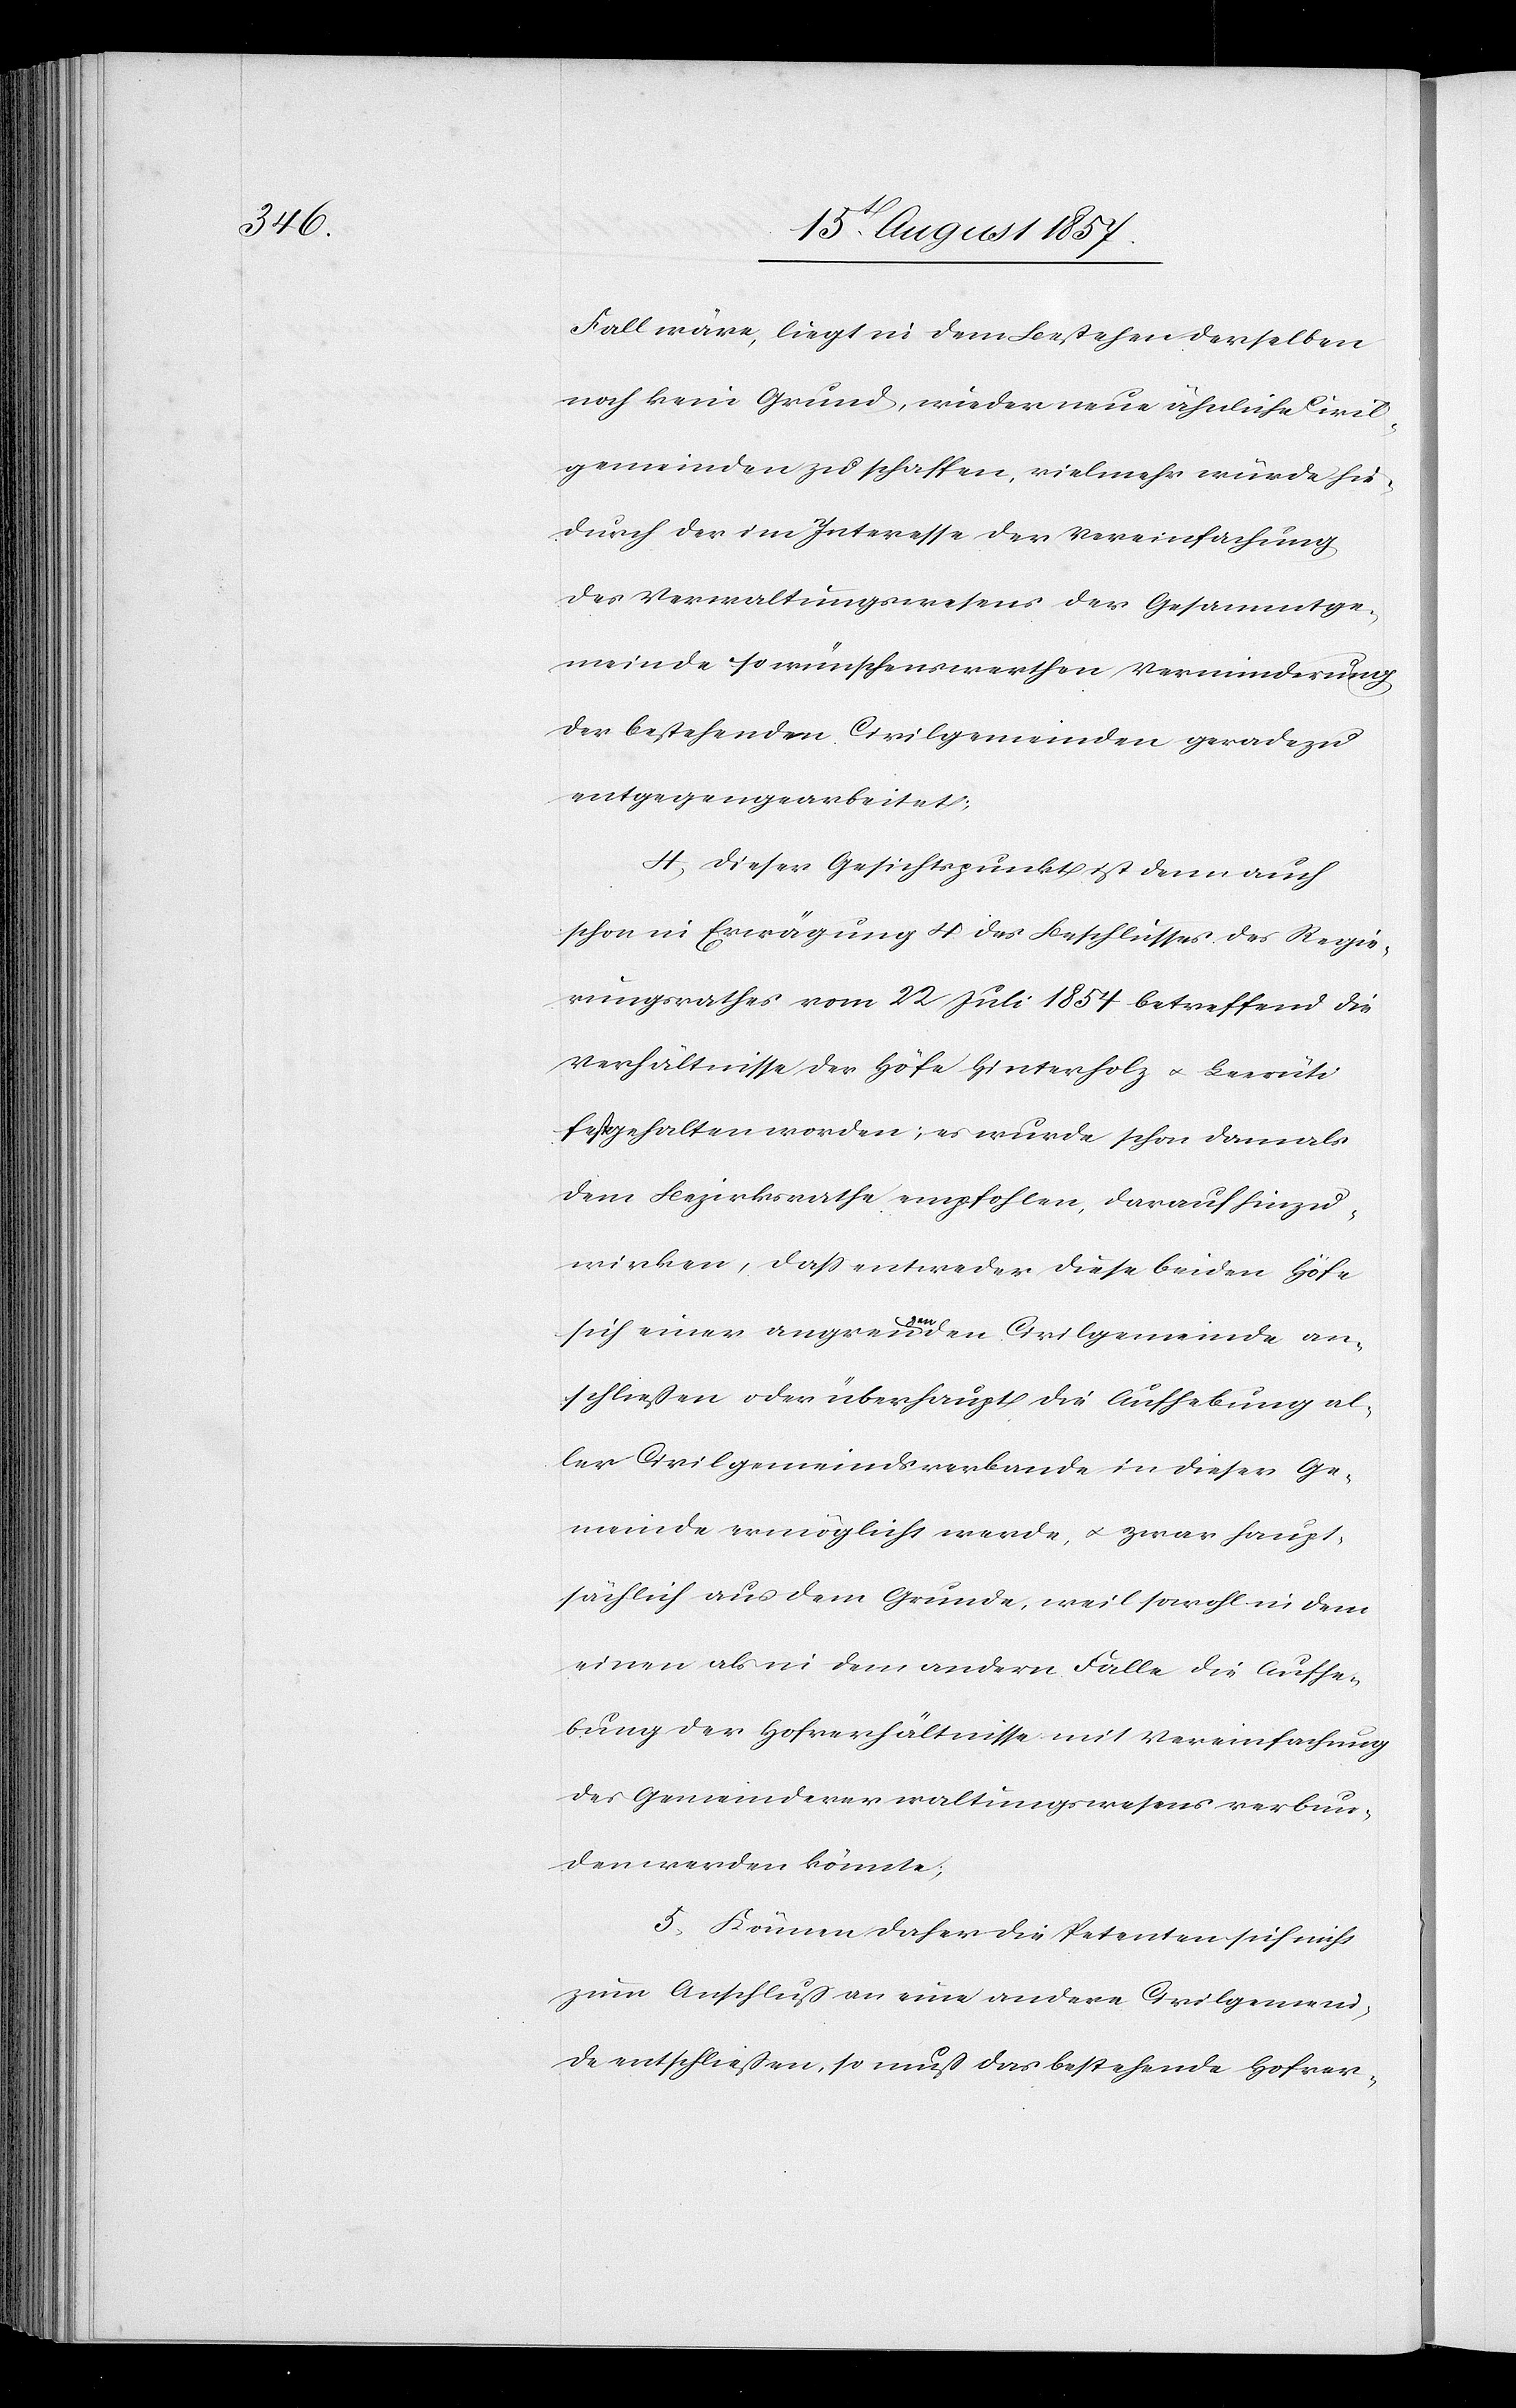
Fall wäre, liegt in dem Bestehen derselben
noch kein Grund, wieder neue ähnliche Civil¬
gemeinden zu schaffen, vielmehr würde hie¬
durch der im Interesse der Vereinfachung
des Verwaltungswesens der Gesammtge¬
meinde so wünschenswerthen Verminderung
der bestehenden Civilgemeinden geradezu
entgegengearbeitet.
4, Dieser Gesichtspunkt ist denn auch
schon in Erwägung 4. des Beschlusses des Regie¬
rungsrathes vom 22 Juli 1854 betreffend die
Verhältnisse der Höfe Hinterholz & Leerüti
festgehalten worden; es wurde schon damals
dem Bezirksrathe empfohlen, darauf hinzu¬
wirken, daß entweder diese beiden Höfe
sich einer angrenzenden Civilgemeinde an¬
schließen oder überhaupt die Aufhebung al¬
ler Civilgemeinsverbande in dieser Ge¬
meinde ermöglicht werde, & zwar haupt¬
sächlich aus dem Grunde, weil sowohl in dem
einen als in dem andern Falle die Aufhe¬
bung der Hofverhältnisse mit Vereinfachung
des Gemeindeverwaltungswesens verbun¬
den werden könnte;
5, Können daher die Petenten sich nicht
zum Anschluß an eine andere Civilgemein¬
de entschließen, so muß das bestehende Hofver-